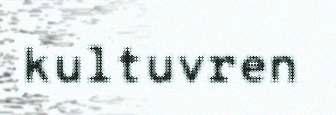
kultuvren